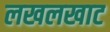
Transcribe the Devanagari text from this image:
लखलखाट